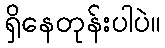
ရှိနေတုန်းပါပဲ။